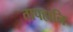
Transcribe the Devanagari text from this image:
तापहानि